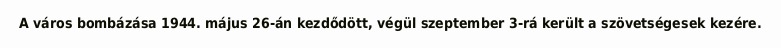
A város bombázása 1944. május 26-án kezdődött, végül szeptember 3-rá került a szövetségesek kezére.